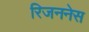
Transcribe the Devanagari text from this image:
रिजननेस